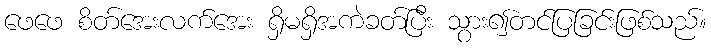
ဖေဖေ စိတ်အေးလက်အေး ရှိမရှိအကဲခတ်ပြီး သွား၍တင်ပြခြင်းဖြစ်သည်။